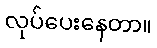
လုပ်ပေးနေတာ။